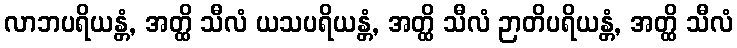
လာဘပရိယန္တံ, အတ္ထိ သီလံ ယသပရိယန္တံ, အတ္ထိ သီလံ ဉာတိပရိယန္တံ, အတ္ထိ သီလံ